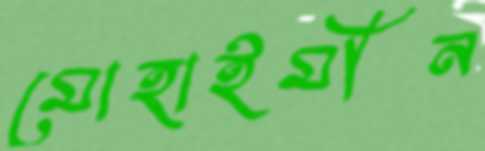
মোহাইমীন